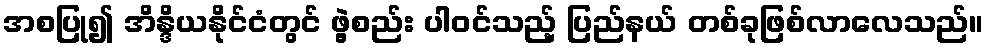
အစပြု၍ အိန္ဒိယနိုင်ငံတွင် ဖွဲ့စည်း ပါဝင်သည့် ပြည်နယ် တစ်ခုဖြစ်လာလေသည်။